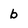
Character: b